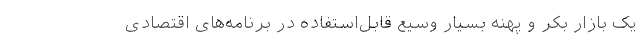
یک بازار بکر و پهنه بسیار وسیع قابل‌استفاده در برنامه‌های اقتصادی